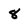
Character: 8